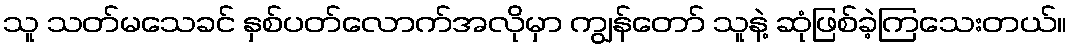
သူ သတ်မသေခင် နှစ်ပတ်လောက်အလိုမှာ ကျွန်တော် သူနဲ့ ဆုံဖြစ်ခဲ့ကြသေးတယ်။